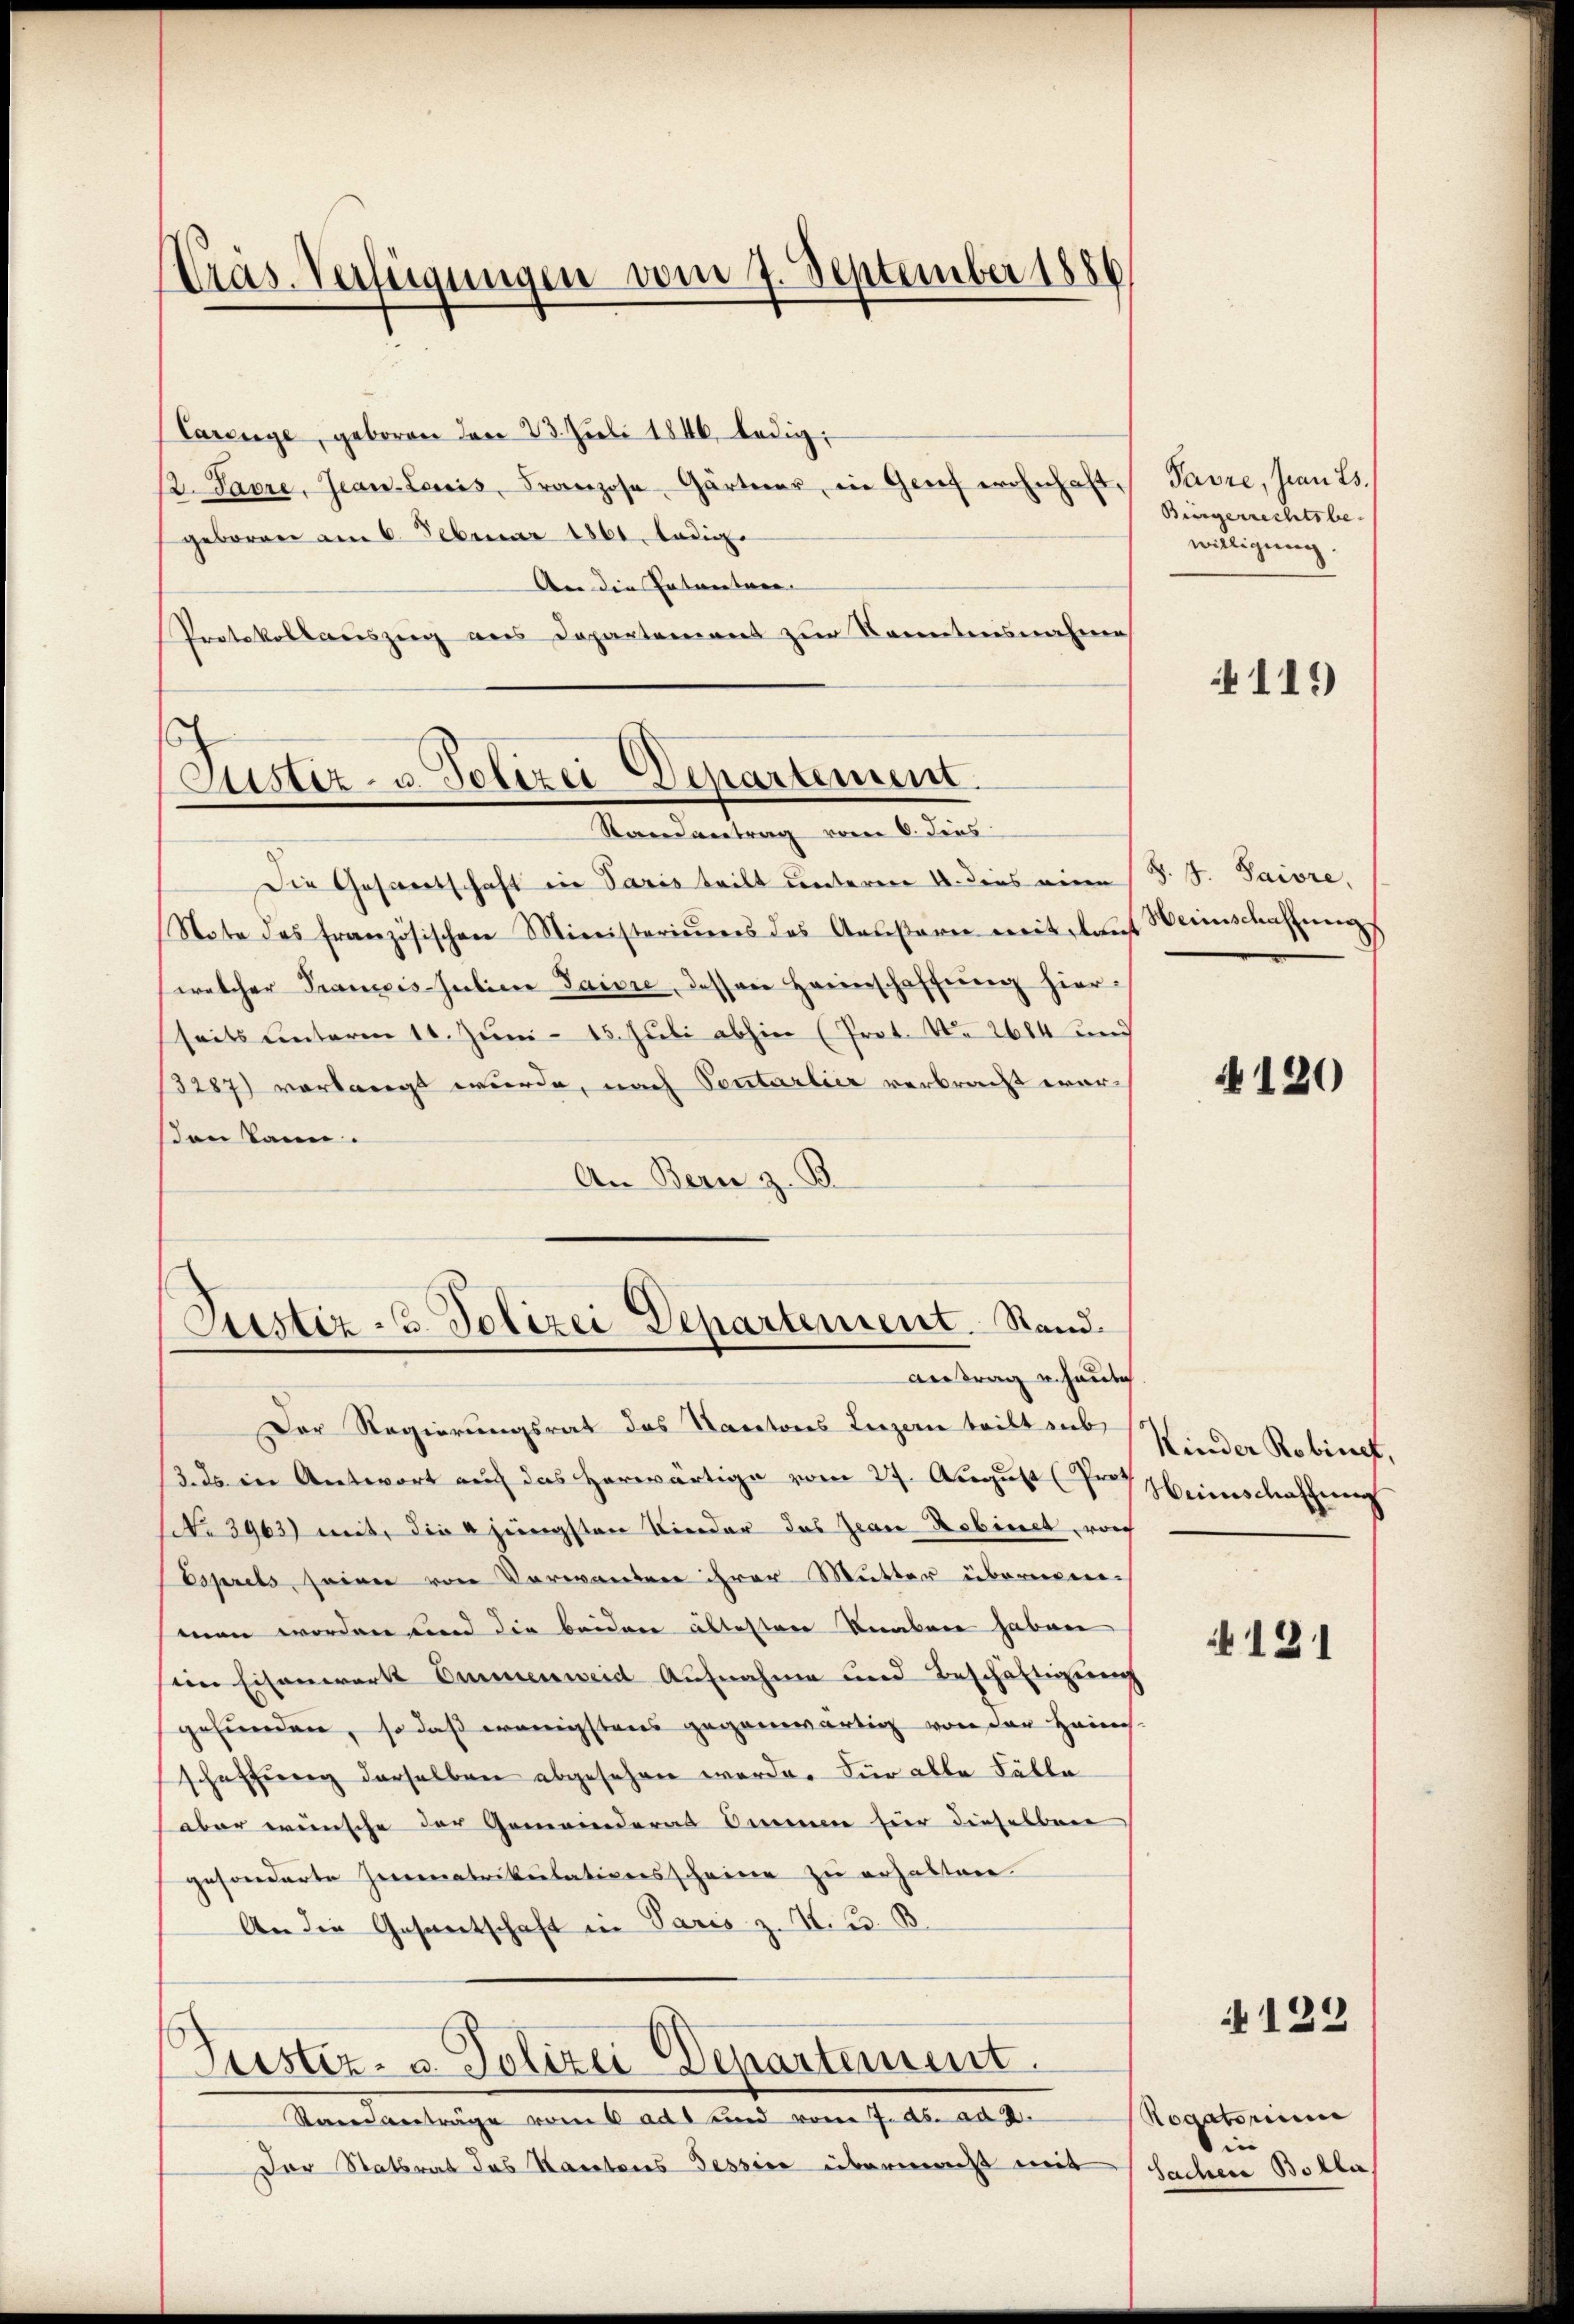
Präs. Verfügungen vom 7. September 1886

Carenge, geboren den 23. Juli 1846, ledig
1. Parre, Jean-Leuis, Franzose Gärtner, in Genf wohnhaft Pavre, sian 25.
geboren am 6. Februar 1861. ledige
An die Patentare |
Protokollariszug aus Departement zur Kenntensnahme

s
Justiz- u. Polizei Departement.
Randantrag vom 6. dies

Die Gesandschaft in Paris teilt unteren u. dies eine (S. S. Paiore,
Note des französischen Ministerieurs das Ausare mit glau
(welcher Prancis-Juliere Jaisie, dessen Heimschaffung hierseits unterm 11. Juni - 15. Juli abhin (Prot. No 2684 und
13287) verlangt wurde, nach Sontarlier verbracht war
den kann.
An Bern z. B

Justiz - 3. Polizei Departement. Stand.
Antrag u. heute

s
Justiz- u. Polizei Departement.
Raneanträge vom 6 ad und vom 7. ds. ad 2.

Der Regierungsrat des Kantons Luzern teilt zub
3. ds in Antwort auch das herwärtige vom 27. August Proth
No 3963) mit, die 4 jüngsten Kinder das Jean Robinet wor
Esprils seien von Verwanten ihrer Mutter übernenmen worden und die beiden ältesten Knaben haben
im Eisenwerk Ommenweid Aufnahme und Beschäftigung
gefunden, so daß wenigstens gegenwärtig von der Heims.
schaffung derselben abgesehen werde. Für alle Fälle
aber wünsche der Gemeinderas Ammen für dieselben
gesonderte Heimatrikulationsscheine zu erhalten.
An die Gesantschaft in Paris z. K. K. B.

Der Stattrat das Kantons Tessin übermacht mit

Bingerrechtsbewilligung.

111)

Weinschaffung

4120

Kinder Robinet,
Weinschaffung

121

122

Rogatorium
i
Sachere Bolla